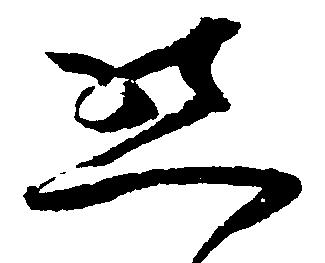
懸